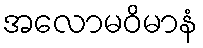
အလောမဝိမာနံ